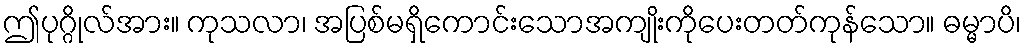
ဤပုဂ္ဂိုလ်အား။ ကုသလာ၊ အပြစ်မရှိကောင်းသောအကျိုးကိုပေးတတ်ကုန်သော။ ဓမ္မာပိ၊